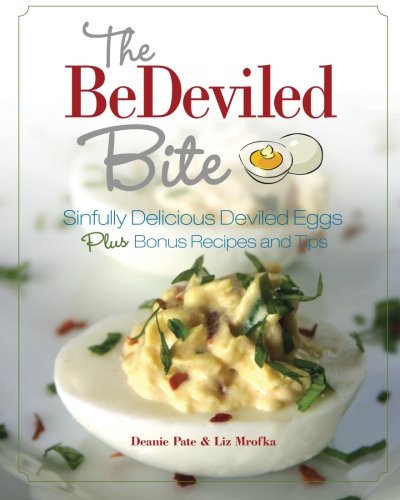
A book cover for The BeDeviled Bite: Sinfully Delicious Deviled Eggs, Plus Bonus Recipes and Tips; Deanie Pate; Cookbooks, Food & Wine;